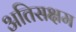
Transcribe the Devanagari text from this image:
अतिसक्षम